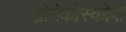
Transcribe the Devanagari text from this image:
ब्रोनेकोस्कोपी